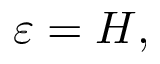
\varepsilon = H ,